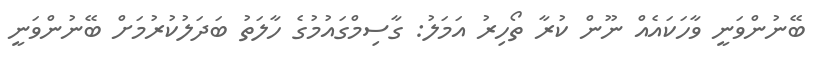
ބޭނުންވަނީ ވާހަކައެއް ނޫން ކުރާ ތޯހިރު އަމަލު: ގާސިމްގައުމުގެ ހާލަތު ބަދަލުކުރުމަށް ބޭނުންވަނީ